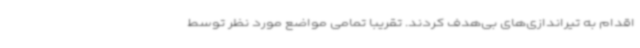
اقدام به تیراندازی‌های بی‌هدف کردند. تقریبا تمامی مواضع مورد نظر توسط